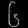
Digit: ၆